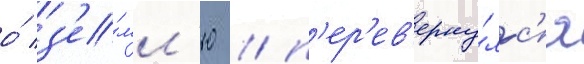
о́ з'е́мл'ю / п'ер'ев'ерну́лс'я